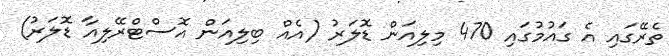
ތެރޭގައި އެ ގައުމުގައި 470 މިލިއަން ޑޮލަރު (އެއް ބިލިއަން އޮސްޓްރޭލިއާ ޑޮލަރު)